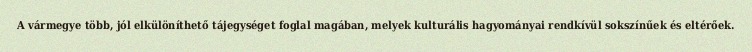
A vármegye több, jól elkülöníthető tájegységet foglal magában, melyek kulturális hagyományai rendkívül sokszínűek és eltérőek.